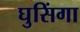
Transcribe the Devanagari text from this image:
घुसिंगा